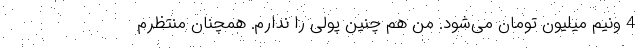
4 ونیم میلیون تومان می‌شود. من هم چنین پولی را ندارم. همچنان منتظرم